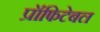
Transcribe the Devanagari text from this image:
प्रॉफिटेबल